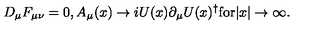
D _ { \mu } F _ { \mu \nu } = 0 , A _ { \mu } ( x ) \rightarrow i U ( x ) \partial _ { \mu } U ( x ) ^ { \dagger } \mathrm { f o r } | x | \rightarrow \infty .